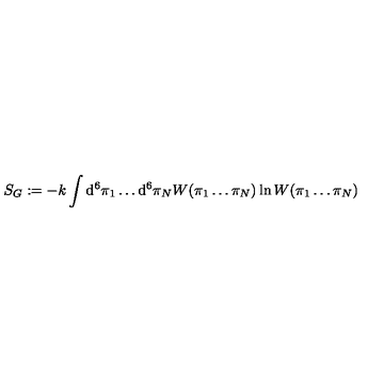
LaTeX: S _ { G } : = - k \int \mathrm { d } ^ { 6 } \pi _ { 1 } \ldots \mathrm { d } ^ { 6 } \pi _ { N } W ( \pi _ { 1 } \ldots \pi _ { N } ) \ln W ( \pi _ { 1 } \ldots \pi _ { N } )